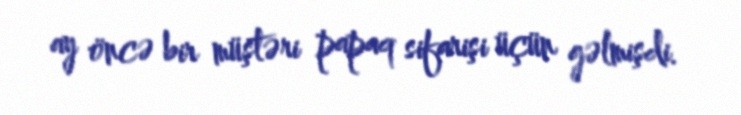
ay öncə bir müştəri papaq sifarişi üçün gəlmişdi.